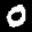
Label: 0